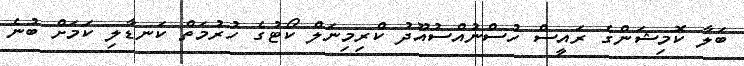
ބަލާ ކޮމިޝަންގެ ރައީސް ހުސްނުއްސުއޫދު ކްރިމިނަލް ކޯޓުގެ ހުރުމަތް ކަނޑާލި ކަމަށް ބުނެ